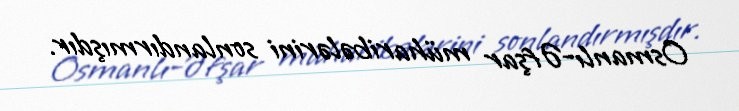
Osmanlı-Əfşar müharibələrini sonlandırmışdır.